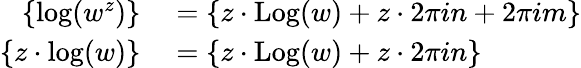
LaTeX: \begin{array}{rl}{\left\{ \log(w^{z})\right\} }&{{}=\left\{ z\cdot\operatorname{Log}(w)+z\cdot 2\pi in+2\pi im\right\} }\\ {\left\{ z\cdot\log(w)\right\} }&{{}=\left\{ z\cdot\operatorname{Log}(w)+z\cdot 2\pi in\right\} }\end{array}